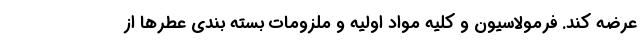
عرضه کند. فرمولاسیون و کلیه مواد اولیه و ملزومات بسته بندی عطرها از